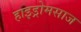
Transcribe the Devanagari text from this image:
हाइड्रोमसाज